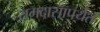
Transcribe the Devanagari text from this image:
रामदासापर्यंत